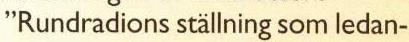
"Rundradions ställning som ledan-